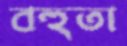
বহুতা